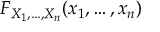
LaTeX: F _ { X _ { 1 } , \ldots , X _ { n } } ( x _ { 1 } , \ldots , x _ { n } )